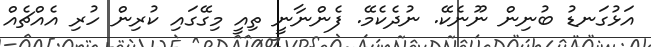
އަޅުގަނޑު ބުނިން ނޫނެކޭ. ނުދެކެމޭ. ފެންނާނީ ތިއީ މިގޭގައި ކުރިން ހުރި އެއްޗެއް